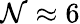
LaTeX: \mathcal{N}\approx6